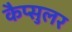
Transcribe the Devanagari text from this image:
कैप्सुलर